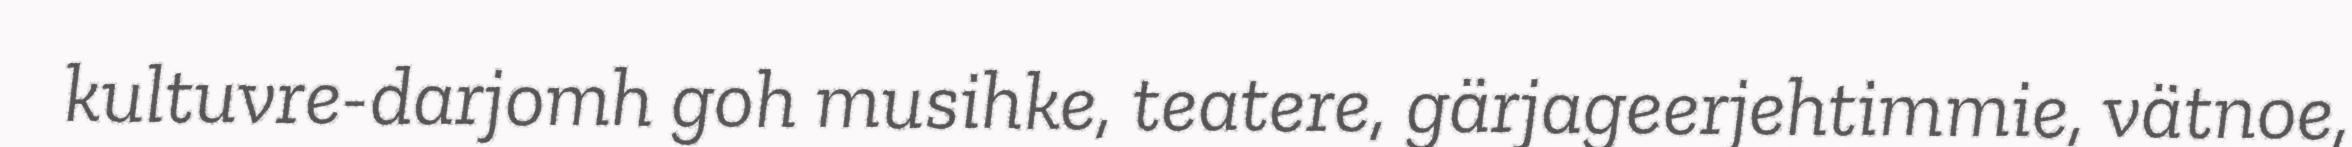
kultuvre-darjomh goh musihke, teatere, gärjageerjehtimmie, vätnoe,